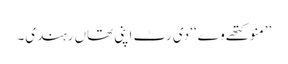
’’منو کتھے وے‘‘ دی رٹ اپنی تھاں رہندی۔